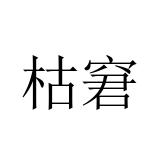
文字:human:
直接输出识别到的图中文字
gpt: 枯窘